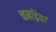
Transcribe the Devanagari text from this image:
चमड़ियां